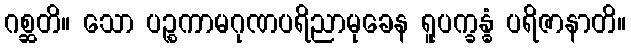
ဂစ္ဆတိ။ သော ပဉ္စကာမဂုဏပရိညာမုခေန ရူပက္ခန္ဓံ ပရိဇာနာတိ။